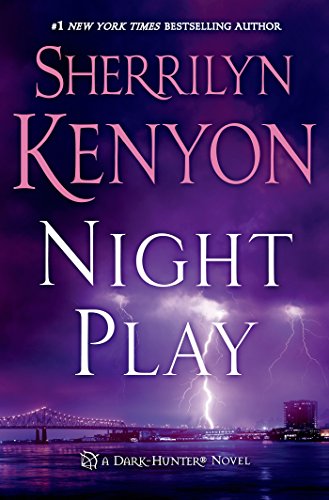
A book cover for Night Play (Dark-Hunter Novels); Sherrilyn Kenyon; Literature & Fiction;